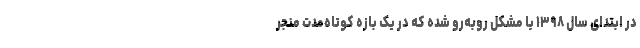
در ابتدای سال ۱۳۹۸ با مشکل روبه‌رو شده که در یک بازه کوتاه‌مدت منجر